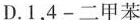
D.1，4-二甲苯